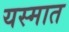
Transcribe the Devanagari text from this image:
यस्मात